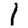
Digit: 1